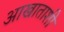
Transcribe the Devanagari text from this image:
आखाताशी